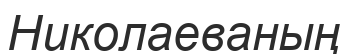
Николаеваның